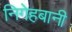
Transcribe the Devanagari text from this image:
निगेहबानी